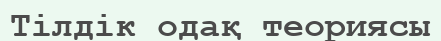
Тілдік одақ теориясы